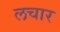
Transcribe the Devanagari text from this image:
लचार